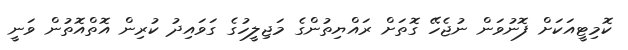
ކޮމިޓީއަކަށް ފޮނުވަން ނުޖެހޭ ގޮތަށް ރައްޔިތުންގެ މަޖިލީހުގެ ގަވައިދު ކުރިން އޮތްއޮތުން ވަނީ